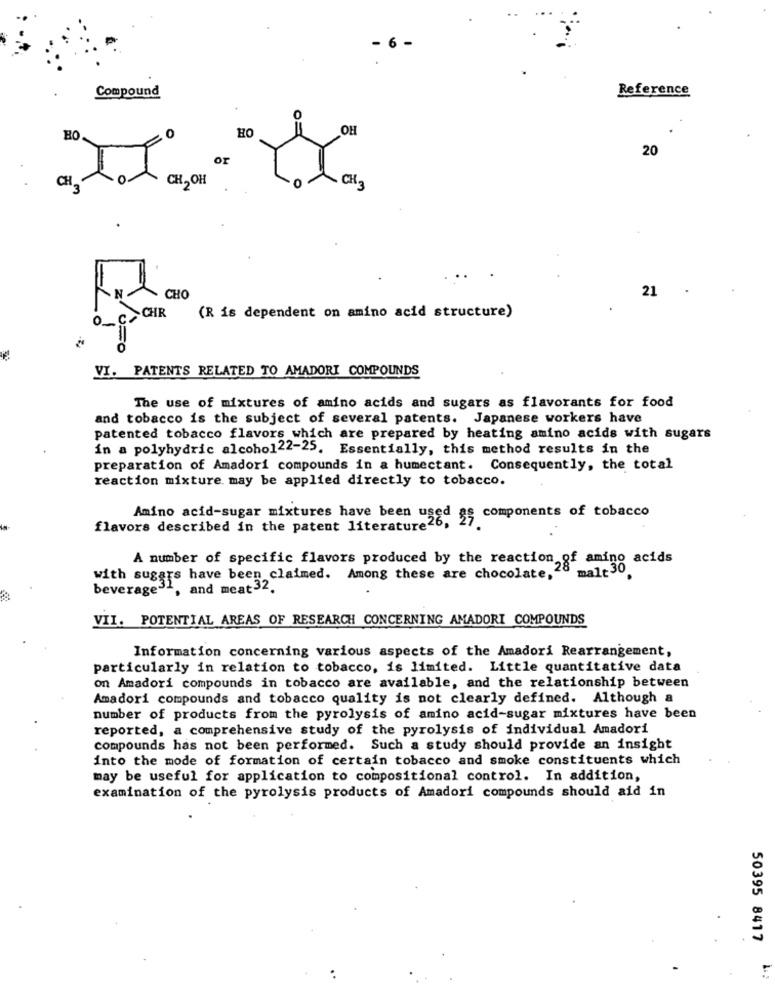
Compound
Reference
O
HO
DH
HO
20
OF
CH, OH
CH.
CHO
21
C.CHR
(R is dependent on amino acid structure)
VI. PATENTS RELATED TO AMADORI COMPOUNDS
The use of mixtures of amino acids and sugars as flavorants for food
and tobacco is the subject of several patents. Japanese workers have
patented tobacco flavors which are prepared by heating amino acids with sugars
in a polyhydric alcoho122-25. Essentially, this method results in the
preparation of Amadori compounds in a humectant. Consequently, the total
reaction mixture may be applied directly to tobacco.
flavors described in the patent literature26, 27 components of tobacco
Amino acid-sugar mixtures have been used
A number of specific flavors produced by the reaction of amino acids
malt30
with sugars have been claimed. Among these are chocolate,
beverage31, and meat32.
VII. POTENTIAL AREAS OF RESEARCH CONCERNING AMADORI COMPOUNDS
Information concerning various aspects of the Amadori Rearrangement,
particularly in relation to tobacco, is limited. Little quantitative data
on Amadori compounds in tobacco are available, and the relationship between
Amadori compounds and tobacco quality is not clearly defined. Although a
number of products from the pyrolysis of amino acid-sugar mixtures have been
reported, a comprehensive study of the pyrolysis of individual Amadori
compounds has not been performed. Such a study should provide an insight
into the mode of formation of certain tobacco and smoke constituents which
may be useful for application to compositional control. In addition,
examination of the pyrolysis products of Amadori compounds should aid in
50395 8417